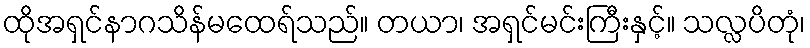
ထိုအရှင်နာဂသိန်မထေရ်သည်။ တယာ၊ အရှင်မင်းကြီးနှင့်။ သလ္လပိတုံ၊